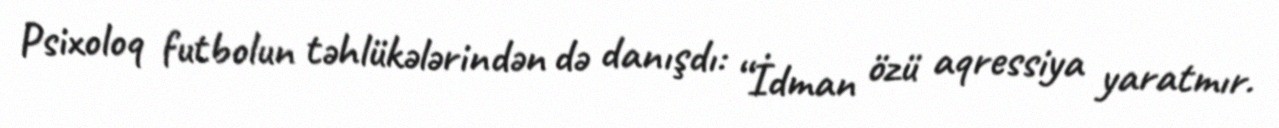
Psixoloq futbolun təhlükələrindən də danışdı: “İdman özü aqressiya yaratmır.